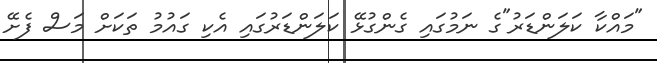
"މައްކާ ކަލަންޑަރު"ގެ ނަމުގައި ގެންގުޅޭ ކަލަންޑަރުގައި އެކި ގައުމު ތަކަށް މަސް ފެށޭ